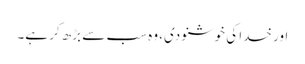
اور خدا کی خوشنودی، وہ سب سے بڑھ کر ہے۔